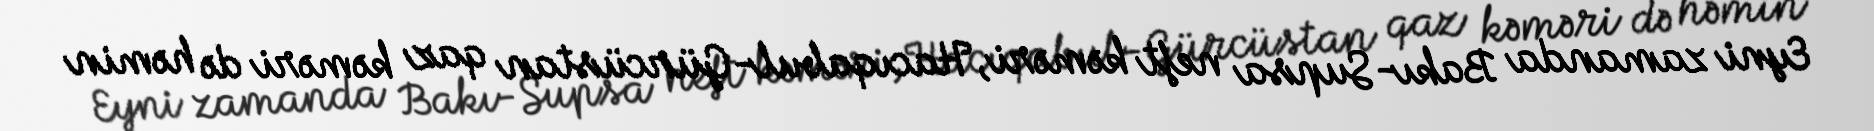
Eyni zamanda Bakı-Supsa neft kəməri, Hacıqabul-Gürcüstan qaz kəməri də həmin